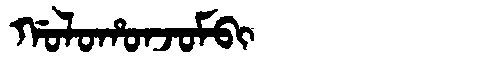
Manchu: ᡤᠣᠯᠣᡥᠣᠨᠵᠣᠮᠪᡳ
Romanization: GOLOHONJOMBI